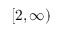
[ 2 , \infty )